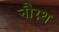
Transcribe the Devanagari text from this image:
नौरथ